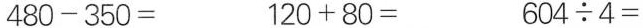
$$4 8 0 - 3 5 0 =$$ $$1 2 0 + 8 0 =$$ $$6 0 4 \div 4 =$$